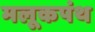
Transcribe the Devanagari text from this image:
मलूकपंथ